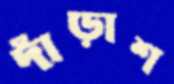
দাঁড়াশ